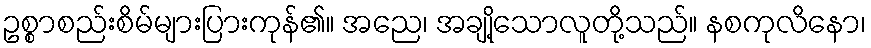
ဥစ္စာစည်းစိမ်များပြားကုန်၏။ အညေ၊ အချို့သောလူတို့သည်။ နစကုလိနော၊